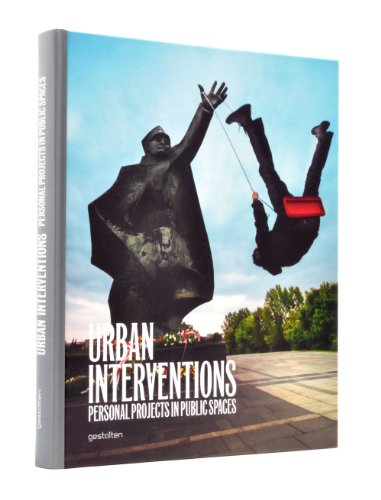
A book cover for Urban Interventions: Personal Projects in Public Places; Arts & Photography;